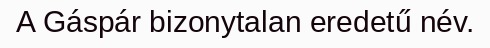
A Gáspár bizonytalan eredetű név.